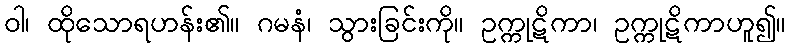
ဝါ၊ ထိုသောရဟန်း၏။ ဂမနံ၊ သွားခြင်းကို။ ဥက္ကုဋိကာ၊ ဥက္ကုဋိကာဟူ၍။